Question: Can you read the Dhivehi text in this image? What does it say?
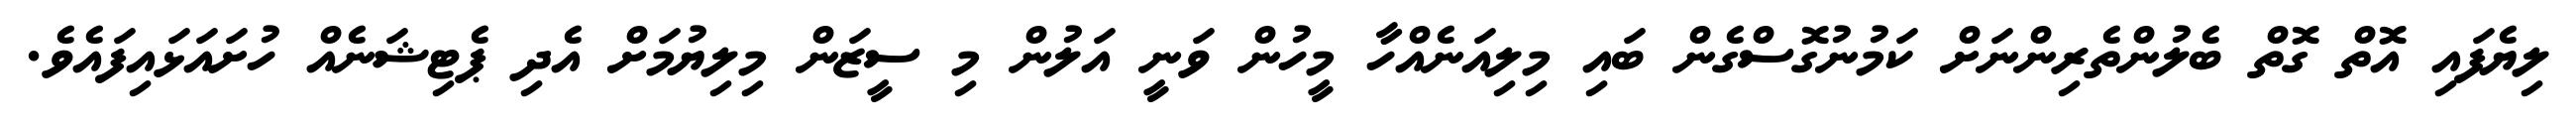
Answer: ލިޔެފައި އޮތް ގޮތް ބެލުންތެރިންނަށް ކަމުނުގޮސްގެން ބައި މިލިއަނެއްހާ މީހުން ވަނީ އަލުން މި ސީޒަން މިލިޔުމަށް އެދި ޕެޓިޝަނެއް ހުށައަޅައިފައެވެ.